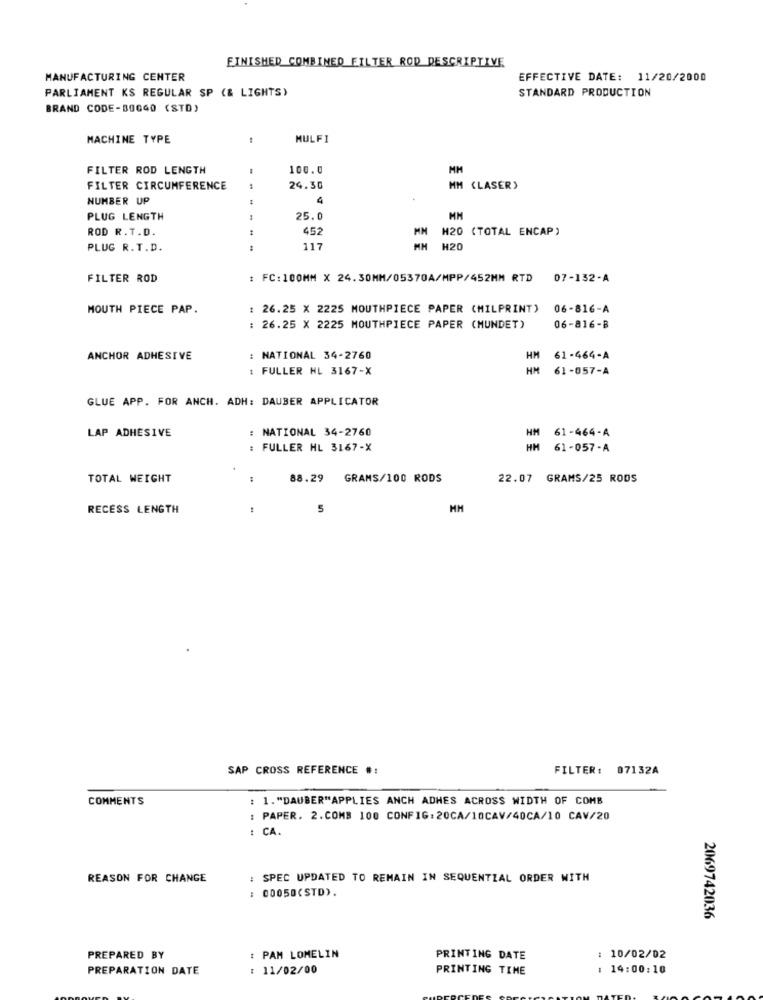
FINISHED COMBINED FILTER ROD DESCRIPTIVE
MANUFACTURING CENTER
EFFECTIVE DATE: 11/20/2000
PARLIAMENT KS REGULAR SP (& LIGHTS)
STANDARD PRODUCTION
BRAND CODE-50GGO (STD)
MACHINE TYPE
MULFI
FILTER ROD LENGTH
100.0
MH
FILTER CIRCUMFERENCE
24.30
MM (LASER)
NUMBER UP
4
PLUG LENGTH
25.0
ROD R.T.D.
1
452
MM
H20 (TOTAL ENCAP)
PLUG R.T.D.
117
H20
FILTER ROD
FC:100MM X 24.30MM/05370A/MPP/452MM RTD 07-132-A
MOUTH PIECE PAP.
: 26.25 X 2225 MOUTHPIECE PAPER (MILPRINT) 06-816-A
: 26.25 X 2225 MOUTHPIECE PAPER (MUNDET)
06-816-B
ANCHOR ADHESIVE
: NATIONAL 34-2760
HM
61-464-A
: FULLER HL 3167-X
HM
61-057-A
GLUE APP. FOR ANCH. ADH: DAUBER APPLICATOR
: NATIONAL 34-2760
LAP ADHESIVE
HM 61-464-A
FULLER HL 3167-X
HM
61-057-A
TOTAL WEIGHT
:
88.29 GRAMS/100 RODS
22.07 GRAMS/25 RODS
RECESS LENGTH
5
HM
SAP CROSS REFERENCE #:
FILTER: 07132A
COMMENTS
: 1. "DAUBER"APPLIES ANCH ADHES ACROSS WIDTH OF COMB
: PAPER. 2.COMB 100 CONFIG:20CA/10CAV/40CA/10 CAV/20
: CA.
REASON FOR CHANGE
: SPEC UPDATED TO REMAIN IN SEQUENTIAL ORDER WITH
: 00050(STD).
2069742036
PREPARED BY
: PAM LOMELIN
PRINTING DATE
: 10/02/02
PREPARATION DATE
: 11/02/00
PRINTING TIME
: 14:00:10